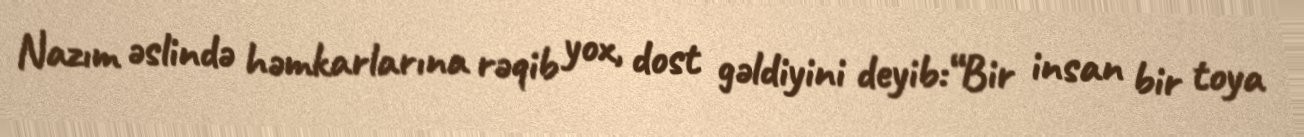
Nazım əslində həmkarlarına rəqib yox, dost gəldiyini deyib:“Bir insan bir toya